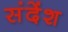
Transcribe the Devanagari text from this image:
संदेंश